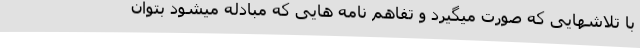
با تلاشهایی که صورت میگیرد و تفاهم نامه هایی که مبادله میشود بتوان